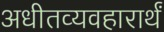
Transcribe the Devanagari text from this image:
अधीतव्यवहारार्थं